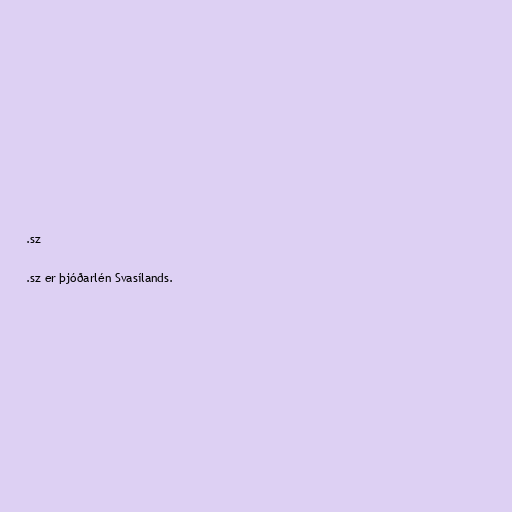
.sz

.sz er þjóðarlén Svasílands.